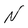
Character: N